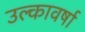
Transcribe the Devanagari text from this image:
उल्कावर्षा